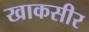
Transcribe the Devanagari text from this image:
खाकसीर